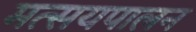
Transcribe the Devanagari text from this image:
मत्सयपालन